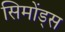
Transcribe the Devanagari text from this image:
सिमोंड्स